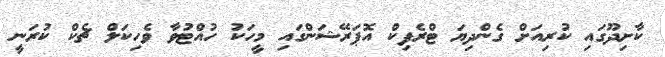
ކާށިދޫގައި ކުރިއަށް ގެންދިޔަ ޓްރެފިކް އޮޕަރޭޝަންގައި މީހަކު ހުއްޓުވާ ވެހިކަލް ޗެކް ކުރަނީ